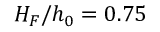
H _ { F } / h _ { 0 } = 0 . 7 5